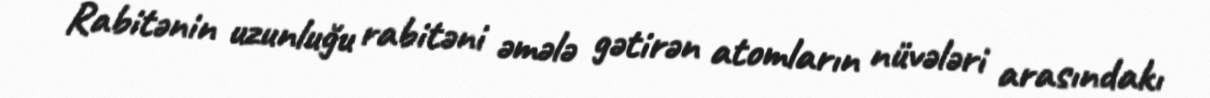
Rabitənin uzunluğu rabitəni əmələ gətirən atomların nüvələri arasındakı